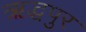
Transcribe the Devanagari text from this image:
ऋद्धपुर